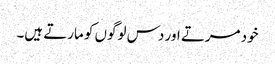
خود مرتے اور دس لوگوں کو مارتے ہیں۔